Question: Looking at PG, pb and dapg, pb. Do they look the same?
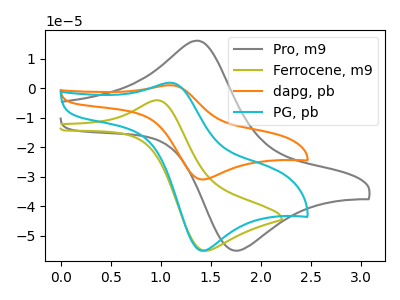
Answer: <think>The gray curve "Pro, m9" has an anodic peak at (1.35V, 16.15uA) and a cathodic peak at (1.75V, -55.00uA). The olive curve "Ferrocene, m9" has an anodic peak at (0.95V, -4.00uA) and a cathodic peak at (1.45V, -55.00uA). The orange curve "dapg, pb" has an anodic peak at (1.10V, 1.10uA) and a cathodic peak at (1.45V, -30.85uA). The cyan curve "PG, pb" has an anodic peak at (1.10V, 1.90uA) and a cathodic peak at (1.45V, -55.00uA).
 All the peaks in "PG, pb" have a peak in "dapg, pb" at the same potential. Every peak in "PG, pb" is higher than every peak in "dapg, pb".</think>
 <answer>"PG, pb" and "dapg, pb" are similar in shape.</answer>
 <eval>same_shape</eval>